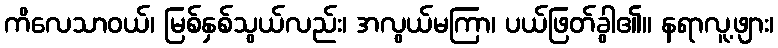
ကိလေသာဝယ်၊ မြစ်နှစ်သွယ်လည်း၊ အလွယ်မကြာ၊ ပယ်ဖြတ်ခွါ၏၊၊ နရာလူ့ဖျား၊